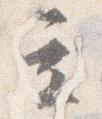
立